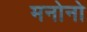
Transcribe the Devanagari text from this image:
मनोनो